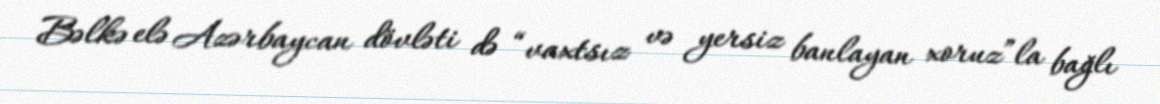
Bəlkə elə Azərbaycan dövləti də “vaxtsız və yersiz banlayan xoruz”la bağlı